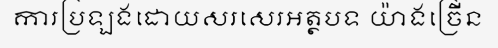
ការប្រឡងដោយសរសេរអត្ថបទ យ៉ាងច្រើន